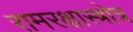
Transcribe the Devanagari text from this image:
रामरक्षास्त्रोत्र